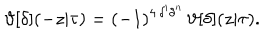
\vartheta [ \delta ] ( - z | \tau ) = ( - 1 ) ^ { 4 \, \delta ^ { \prime } \delta ^ { \prime \prime } } \, \vartheta [ \delta ] ( z | \tau ) .